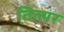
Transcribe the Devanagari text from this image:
तिल्यर